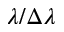
\lambda / \Delta \lambda